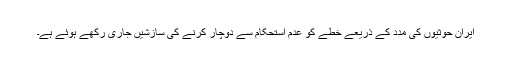
ایران حوثیوں کی مدد کے ذریعے خطے کو عدم استحکام سے دوچار کرنے کی سازشیں جاری رکھے ہوئے ہے۔